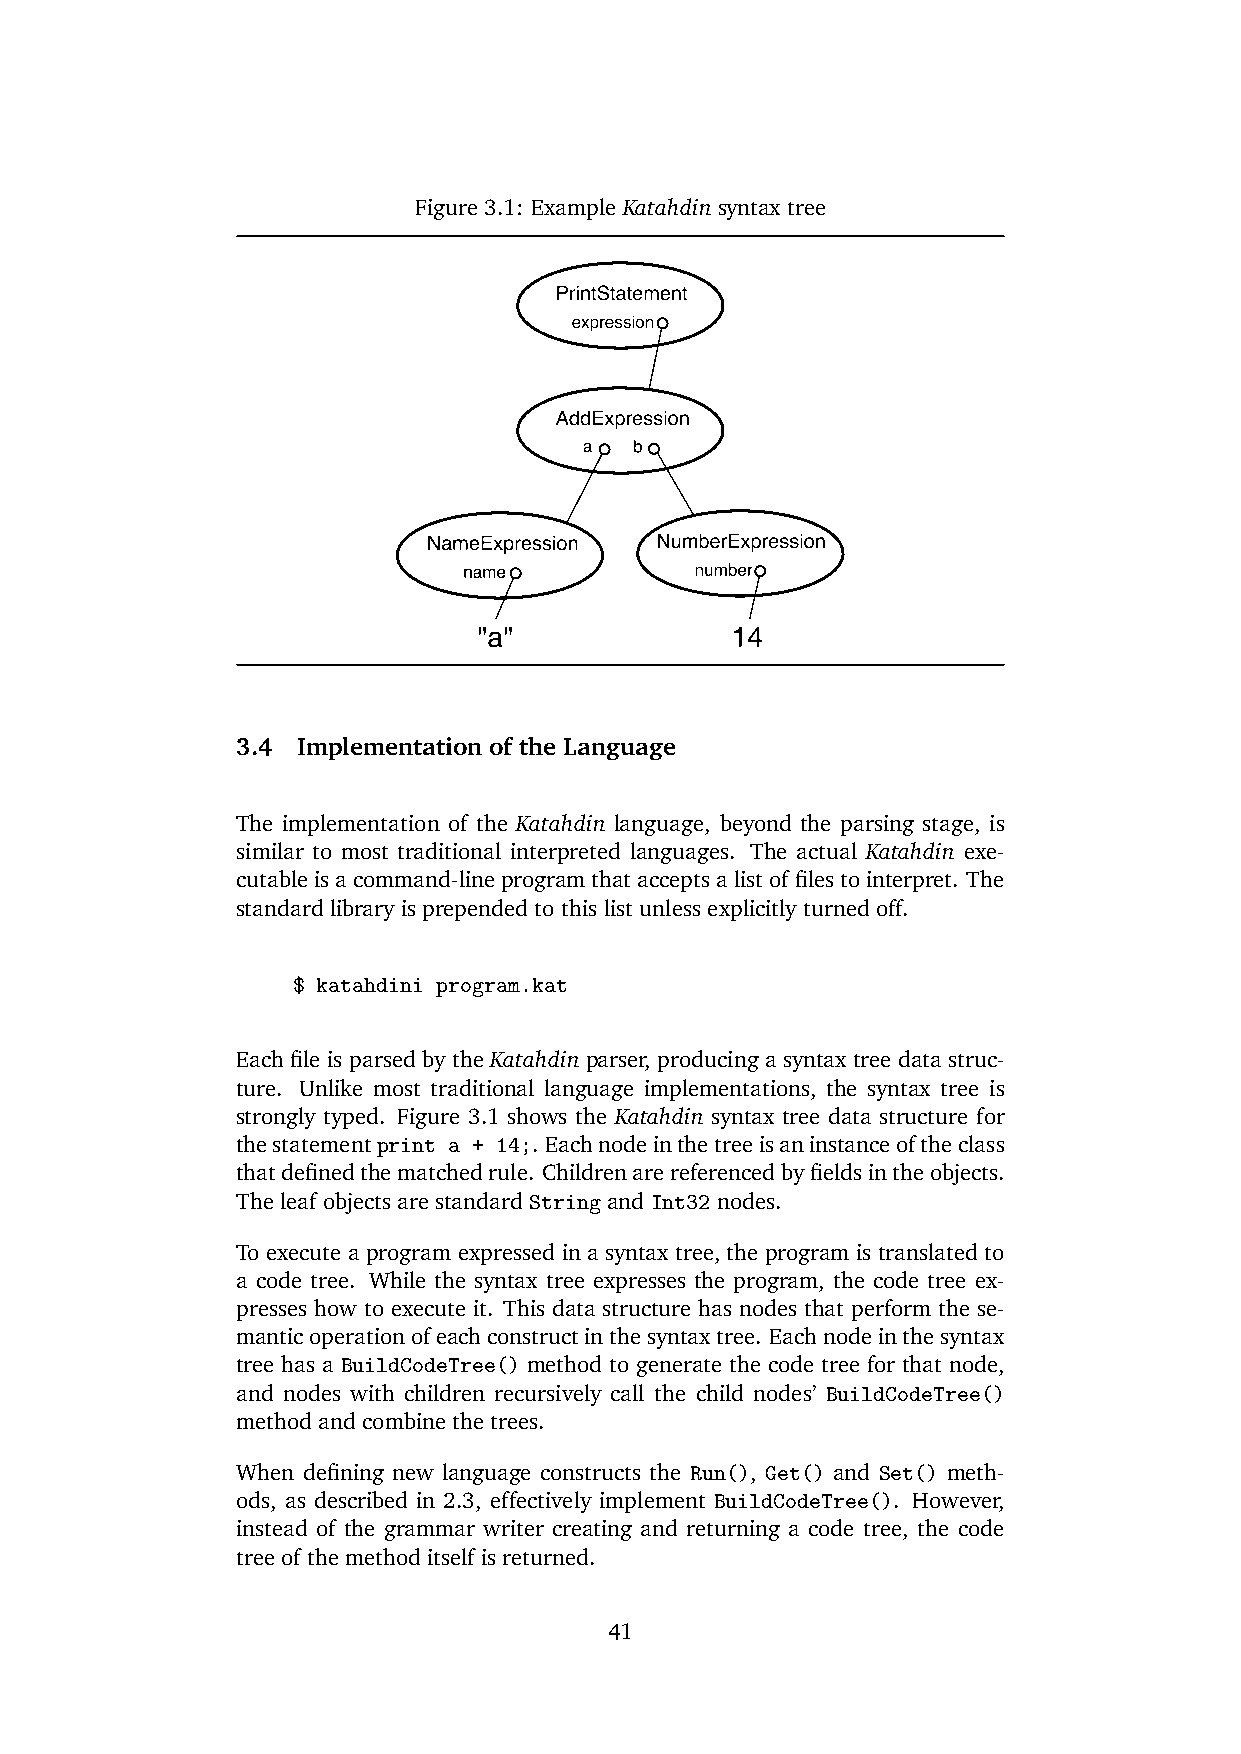
Figure 3.1: Example Katahdin syntax tree
 3.4 Implementation of the Language
 The implementation of the Katahdin language, beyond the parsing stage, is
 similar to most traditional interpreted languages. The actual Katahdin exe-
 cutableisacommand-lineprogramthatacceptsalistoffilestointerpret. The
 standard library is prepended to this list unless explicitly turned off.
 $ katahdini program.kat
 Each file is parsed by the Katahdin parser, producing a syntax tree data struc-
 ture. Unlike most traditional language implementations, the syntax tree is
 strongly typed. Figure 3.1 shows the Katahdin syntax tree data structure for
 thestatementprint a + 14;. Eachnodeinthetreeisaninstanceoftheclass
 thatdefinedthematchedrule. Childrenarereferencedbyfieldsintheobjects.
 The leaf objects are standard String and Int32 nodes.
 To execute a program expressed in a syntax tree, the program is translated to
 a code tree. While the syntax tree expresses the program, the code tree ex-
 presses how to execute it. This data structure has nodes that perform the se-
 manticoperationofeachconstructinthesyntaxtree. Eachnodeinthesyntax
 tree has a BuildCodeTree() method to generate the code tree for that node,
 and nodes with children recursively call the child nodes’ BuildCodeTree()
 method and combine the trees.
 When defining new language constructs the Run(), Get() and Set() meth-
 ods, as described in 2.3, effectively implement BuildCodeTree(). However,
 instead of the grammar writer creating and returning a code tree, the code
 tree of the method itself is returned.
 41